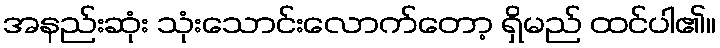
အနည်းဆုံး သုံးသောင်းလောက်တော့ ရှိမည် ထင်ပါ၏။